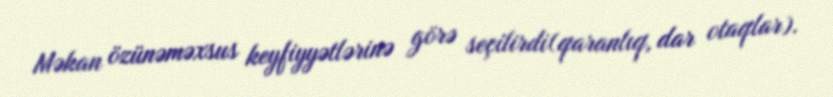
Məkan özünəməxsus keyfiyyətlərinə görə seçilirdi(qaranlıq, dar otaqlar).